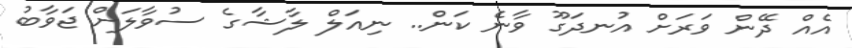
އެއް ދޭން ވަރަށް އުނދަގޫ ވާނެ ކަން.. ނިއަލް ލާޝާގެ ސުވާލަށް ޖަވާބު